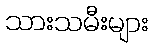
သားသမီးများ